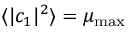
\langle \vert c _ { 1 } \vert ^ { 2 } \rangle = \mu _ { \mathrm { m a x } }